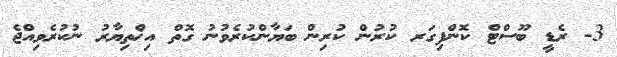
3- ރެޑީ ބޫސްޓް ކޮންފިގަރ ކުރުން ކުރިން ބަޔާންކުރެވުނު ގޮތް އިޚްތިޔާރު ނުކުރެވިއްޖެ